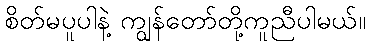
စိတ်မပူပါနဲ့ ကျွန်တော်တို့ကူညီပါမယ်။